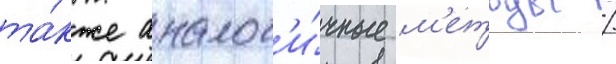
та́кже аналог'и́чные м'етоды /